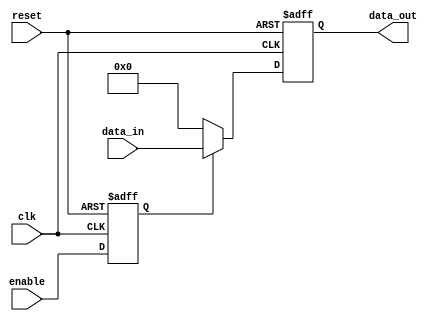
module Disable (
    input wire clk,               // Clock signal
    input wire reset,             // Reset signal
    input wire enable,            // Control signal to enable/disable the block
    input wire [7:0] data_in,     // Input data
    output reg [7:0] data_out     // Output data
);

    // Internal state to track if the block is enabled or disabled
    reg is_enabled;

    // Always block to manage the internal state and output behavior
    always @(posedge clk or posedge reset) begin
        if (reset) begin
            is_enabled <= 1'b0;     // Reset state to disabled
            data_out <= 8'b0;       // Clear output on reset
        end else begin
            is_enabled <= enable;    // Update internal state based on control signal

            if (is_enabled) begin
                data_out <= data_in; // Pass input to output when enabled
            end else begin
                data_out <= 8'b0;     // Drive output to a predefined state (logic low) when disabled
            end
        end
    end

endmodule